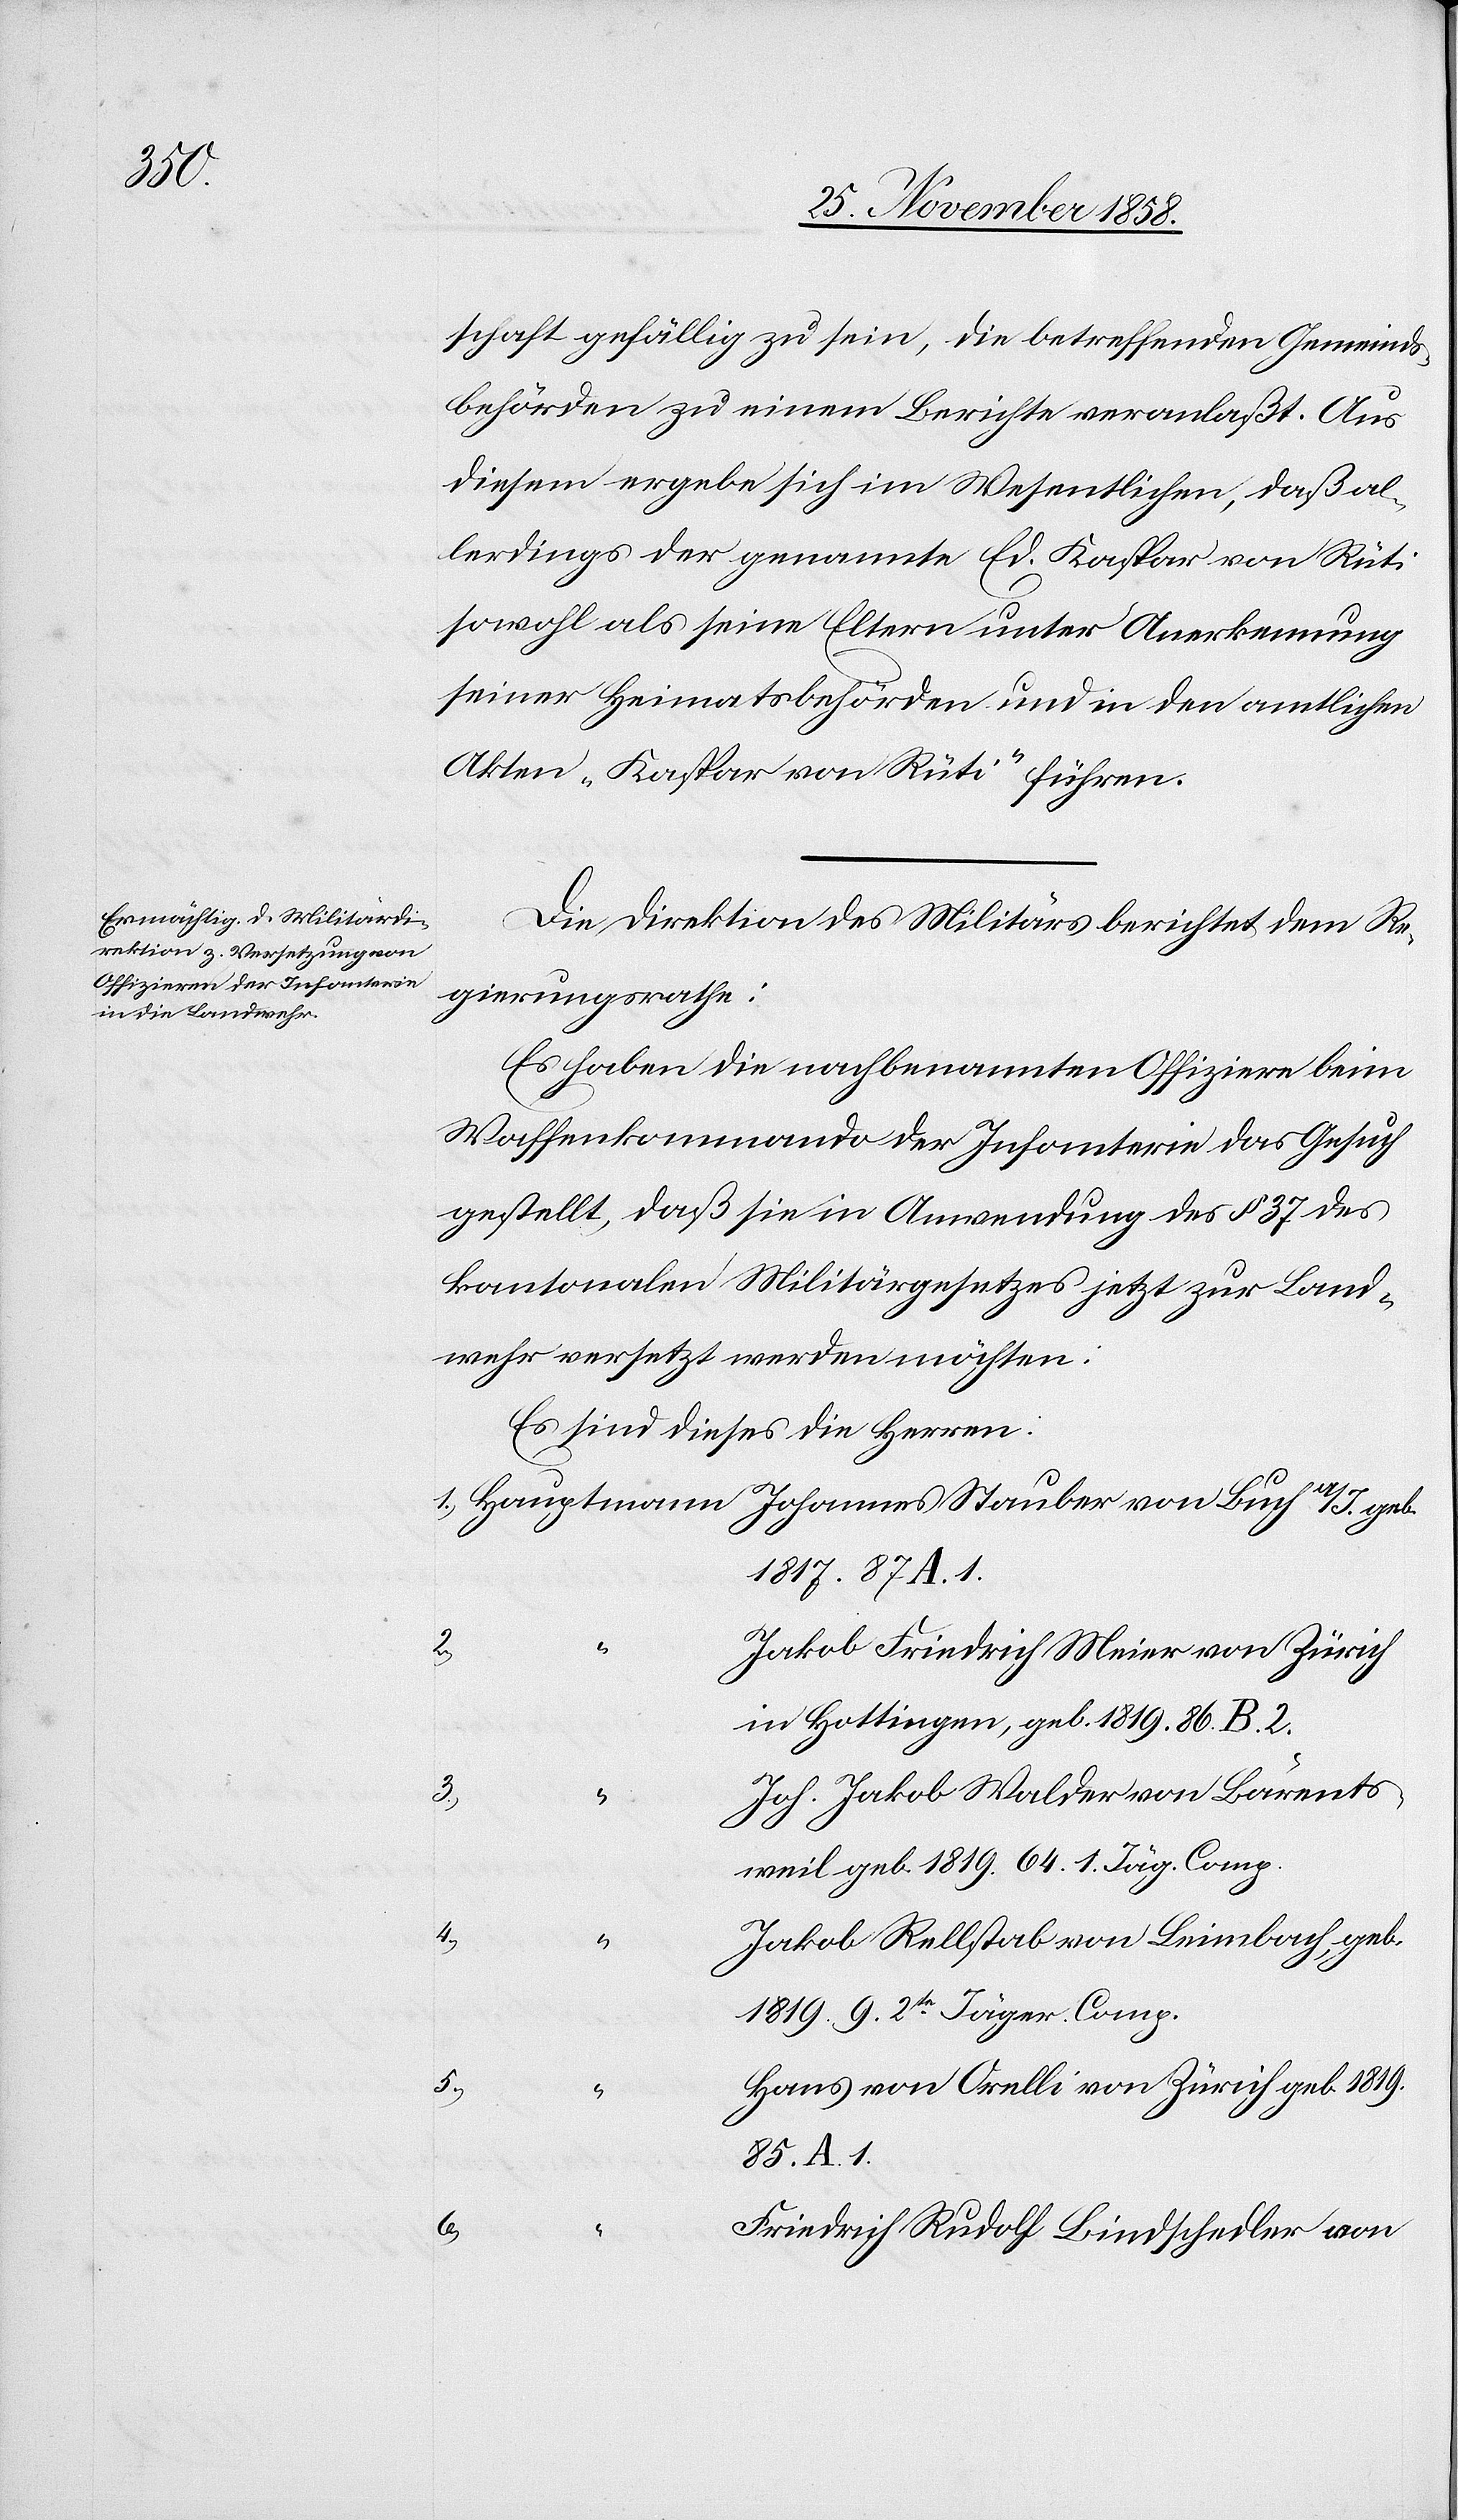
geb.

schaft gefällig zu sein, die betreffenden Gemeinds¬
behörden zu einem Berichte veranlaßt. Aus
diesem ergebe sich im Wesentlichen, daß al¬
lerdings der genannte Ed. Kaspar von Rüti
sowohl als seine Eltern unter Anerkennung
seiner Heimatsbehörden und in den amtlichen
Akten „Kaspar von Rüti“ führen.
Die Direktion des Militärs berichtet dem Re¬
gierungsrathe:
Es haben die nachbenannten Offiziere beim
Waffenkommando der Infanterie das Gesuch
gestellt, daß sie in Anwendung des § 37 des
kantonalen Militärgesetzes jetzt zur Land¬
wehr versetzt werden möchten:
Es sind dieses die Herren:
1817. 87 A. 1.
2.)
Jakob Friedrich Meier von Zürich
in Hottingen, geb. 1819. 86. B. 2.
3.)
Joh. Jakob Walder von Bärents¬
1.)
weil geb. 1819. 64. 1. Jäg. Comp.
4.)
Jakob Rellstab von Leimbach, geb.
1819. 9. 2te Jäger. Comp.
5.)
Hans von Orelli von Zürich geb. 1819.
85. A. 1.
6.)
Friedrich Rudolf Bindschedler von